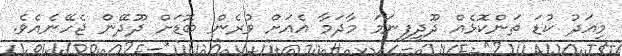
މިއަދު ކުޑަ ތަންކޮޅެއް ދޫދީފިނަމަ މާދަމާ އެއަށް ވުރެން ބޮޑަށް ދޫދޭން ޖެހޭނެއެވެ.